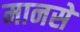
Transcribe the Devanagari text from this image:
मानसे